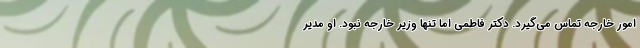
امور خارجه تماس می‌گیرد. دکتر فاطمی اما تنها وزیر خارجه نبود. او مدیر